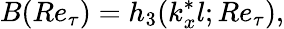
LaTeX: B(Re_{\tau})=h_{3}(k_{x}^{*}l;Re_{\tau}),